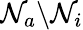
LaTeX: \mathcal{N}_{a}\backslash\mathcal N_{i}